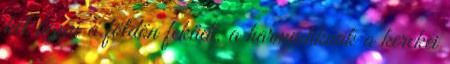
két ágyú a földön feküdt, a harmadiknak a kerekei